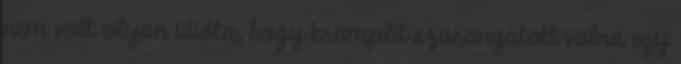
nem volt olyan idióta, hogy krumplit szorongatott volna egy